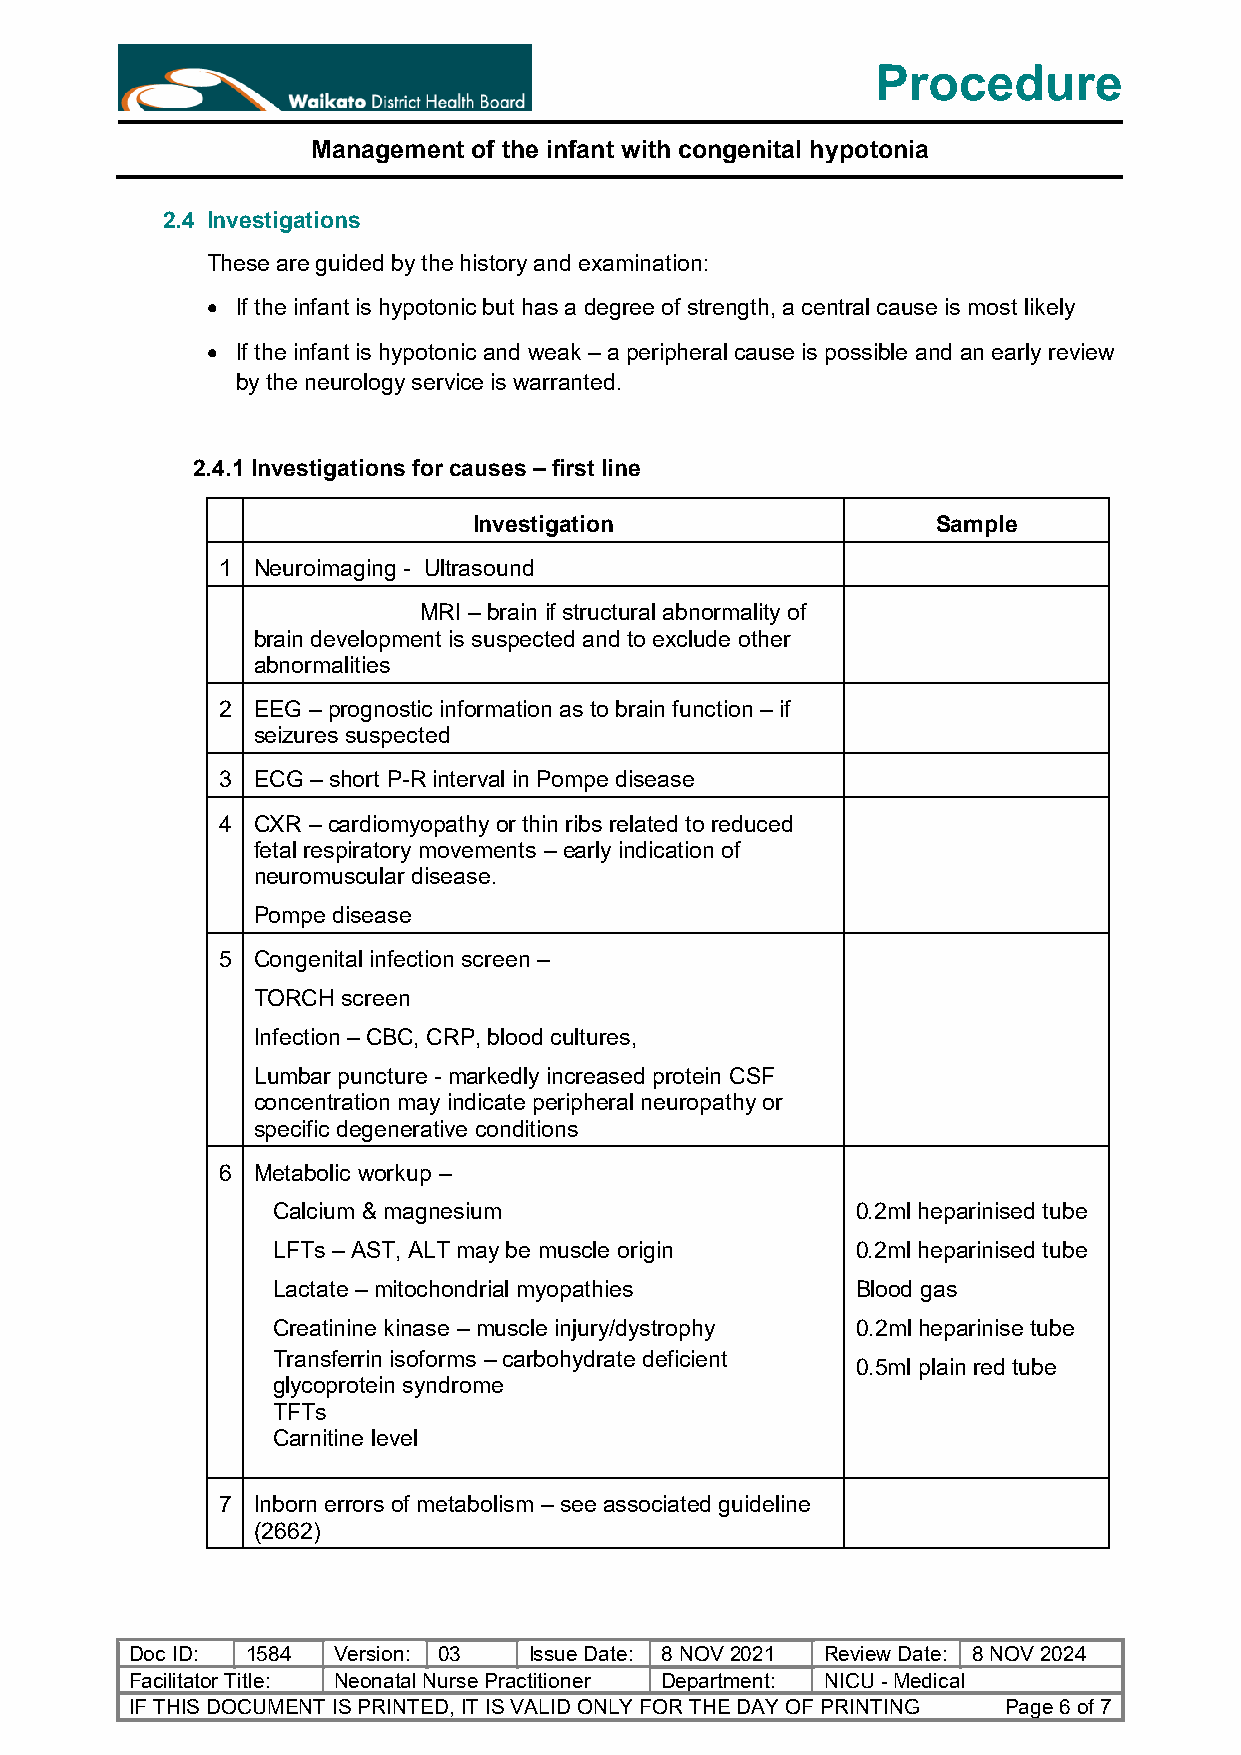
Procedure
 Management of the infant with congenital hypotonia
 2.4 Investigations
 These are guided by the history and examination:
 • If the infant is hypotonic but has a degree of strength, a central cause is most likely
 • If the infant is hypotonic and weak – a peripheral cause is possible and an early review
 by the neurology service is warranted.
 2.4.1 Investigations for causes – first line
 Investigation                  Sample
 1  Neuroimaging - Ultrasound
 MRI – brain if structural abnormality of
 brain development is suspected and to exclude other
 abnormalities
 2  EEG – prognostic information as to brain function – if
 seizures suspected
 3  ECG – short P-R interval in Pompe disease
 4  CXR – cardiomyopathy or thin ribs related to reduced
 fetal respiratory movements – early indication of
 neuromuscular disease.
 Pompe disease
 5  Congenital infection screen –
 TORCH screen
 Infection – CBC, CRP, blood cultures,
 Lumbar puncture - markedly increased protein CSF
 concentration may indicate peripheral neuropathy or
 specific degenerative conditions
 6  Metabolic workup –
 Calcium & magnesium                    0.2ml heparinised tube
 LFTs – AST, ALT may be muscle origin   0.2ml heparinised tube
 Lactate – mitochondrial myopathies     Blood gas
 Creatinine kinase – muscle injury/dystrophy 0.2ml heparinise tube
 Transferrin isoforms – carbohydrate deficient
 0.5ml plain red tube
 glycoprotein syndrome
 TFTs
 Carnitine level
 7  Inborn errors of metabolism – see associated guideline
 (2662)
 Doc ID: 1584 Version: 03  Issue Date: 8 NOV 2021 Review Date: 8 NOV 2024
 Facilitator Title: Neonatal Nurse Practitioner Department: NICU - Medical
 IF THIS DOCUMENT IS PRINTED, IT IS VALID ONLY FOR THE DAY OF PRINTING Page 6 of 7